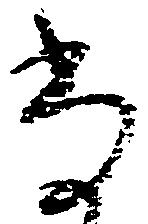
尚